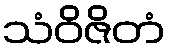
သံဝိဇိတံ